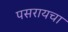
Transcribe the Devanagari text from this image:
पसरायचा